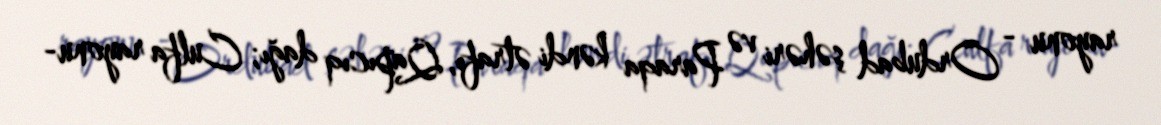
rayonu - Ordubad şəhəri və Paraqa kəndi ətrafı, Qapıcıq dağı; Culfa rayonu-